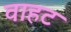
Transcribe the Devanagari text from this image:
वाहट